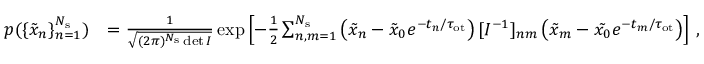
\begin{array} { r l } { p ( \{ \tilde { x } _ { n } \} _ { n = 1 } ^ { N _ { \mathrm { s } } } ) } & { = \frac { 1 } { \sqrt { ( 2 \pi ) ^ { N _ { \mathrm { s } } } \operatorname* { d e t } I } } \exp \left[ - \frac { 1 } { 2 } \sum _ { n , m = 1 } ^ { N _ { \mathrm { s } } } \left( \tilde { x } _ { n } - \tilde { x } _ { 0 } e ^ { - t _ { n } / \tau _ { \mathrm { o t } } } \right) [ I ^ { - 1 } ] _ { n m } \left( \tilde { x } _ { m } - \tilde { x _ { 0 } } e ^ { - t _ { m } / \tau _ { \mathrm { o t } } } \right) \right] \, , } \end{array}